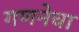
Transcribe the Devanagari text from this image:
गणनेचा